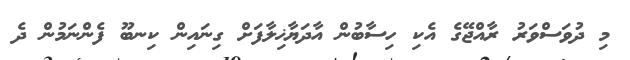
މި ދުވަސްވަރު ރާއްޖޭގެ އެކި ހިސާބުން އާދަޔާޚިލާފަށް ގިނައިން ކިނބޫ ފެންނަމުން ދެ